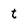
Character: t